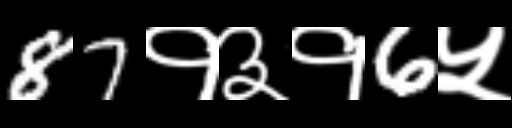
Text: 87१३१6५